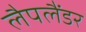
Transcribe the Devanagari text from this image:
लैपलैंडर